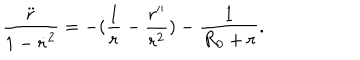
\frac { \ddot { r } } { 1 - \dot { r } ^ { 2 } } = - ( \frac { 1 } { r } - \frac { r ^ { \prime \prime } } { r ^ { 2 } } ) - \frac { 1 } { R _ { 0 } + r } .